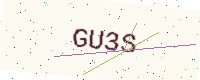
Text: GU3S